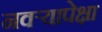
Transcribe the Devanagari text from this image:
नवऱ्यापेक्षा